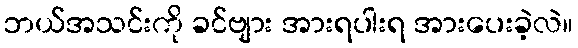
ဘယ်အသင်းကို ခင်ဗျား အားရပါးရ အားပေးခဲ့လဲ။